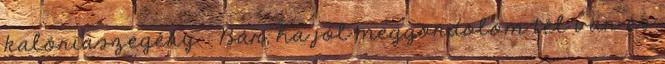
kalóriaszegény : Bár, ha jól meggondolom tél van és